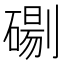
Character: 𭄓